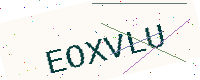
Text: EOXVLU